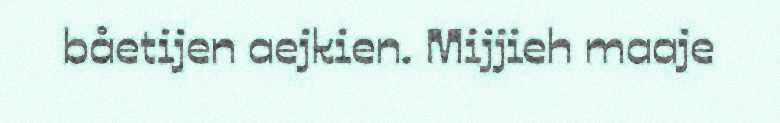
båetijen aejkien. Mijjieh maaje